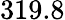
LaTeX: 319.8